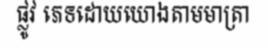
ផ្លូវ ភេទដោយយោងតាមមាត្រា